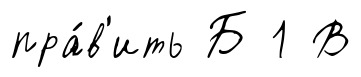
пра́в'ить Б 1 В